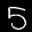
Label: 5